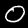
Label: 0